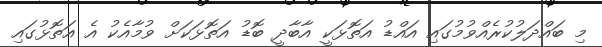
މި ބައްދަލުކުރެއްވުމުގައި އައްޑު އަތޮޅަކީ އާބާދީ ބޮޑު އަތޮޅަކަށް ވުމާއެކު އެ އަތޮޅުގައި